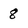
Character: 8